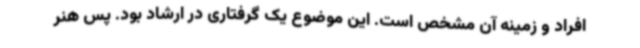
افراد و زمینه آن مشخص است. این موضوع یک گرفتاری در ارشاد بود. پس هنر